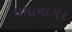
ધમાનાગર